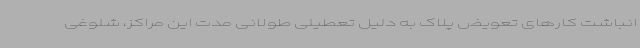
انباشت کارهای تعویض پلاک به دلیل تعطیلی طولانی مدت این مراکز، شلوغی